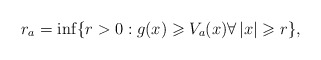
\begin{align*}r_a=\inf\{r>0:g(x)\geqslant V_a(x)\forall\,|x|\geqslant r\},\end{align*}